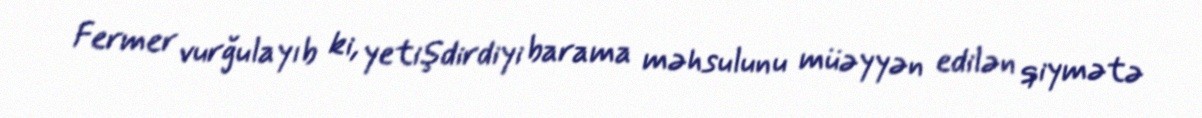
Fermer vurğulayıb ki, yetişdirdiyi barama məhsulunu müəyyən edilən qiymətə